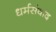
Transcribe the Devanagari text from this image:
धर्मसंवाद